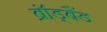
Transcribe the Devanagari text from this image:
ब्रॉड्बैंड